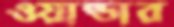
ওয়ান্ডার